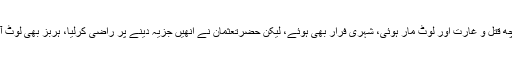
کچھ قتل و غارت اور لوٹ مار ہوئی، شہری فرار بھی ہوئے، لیکن حضرتعثمان نے انھیں جزیہ دینے پر راضی کرلیا، ہربز بھی لوٹ آیا۔